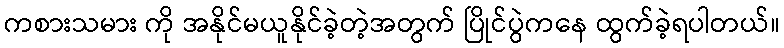
ကစားသမား ကို အနိုင်မယူနိုင်ခဲ့တဲ့အတွက် ပြိုင်ပွဲကနေ ထွက်ခဲ့ရပါတယ်။